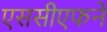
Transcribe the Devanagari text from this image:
एससीएफने